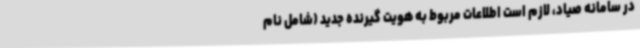
در سامانه صیاد، لازم است اطلاعات مربوط به هویت گیرنده جدید (شامل نام